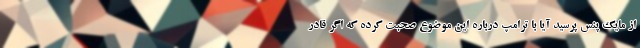
از مایک پنس پرسید آیا با ترامپ درباره این موضوع صحبت کرده که اگر قادر